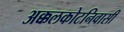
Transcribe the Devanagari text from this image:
अक्कलकोटनिवासी